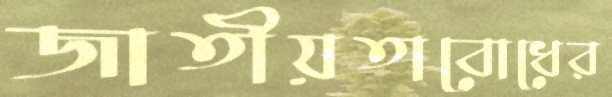
জাতীয়তাবোধের